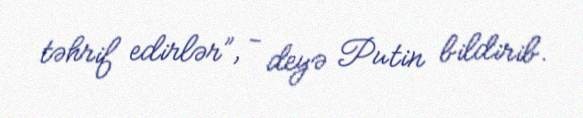
təhrif edirlər”, - deyə Putin bildirib.